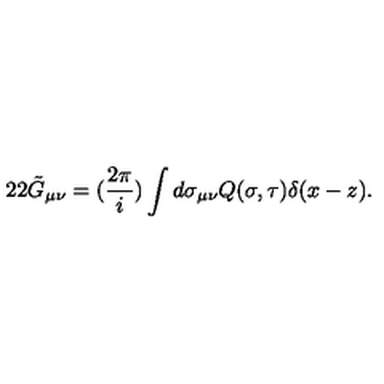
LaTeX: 2 2 \tilde { G } _ { \mu \nu } = ( \frac { 2 \pi } { i } ) \int d \sigma _ { \mu \nu } Q ( \sigma , \tau ) \delta ( x - z ) .